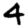
Digit: 4